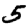
Digit: 5